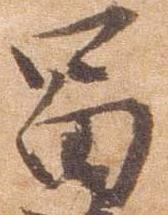
富